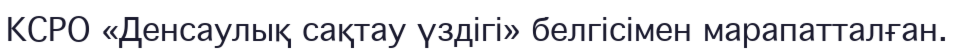
КСРО «Денсаулық сақтау үздігі» белгісімен марапатталған.